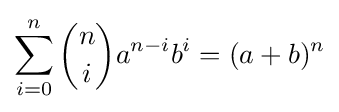
\sum _{i=0}^{n}{n \choose i}a^{n-i}b^{i}=(a+b)^{n}